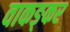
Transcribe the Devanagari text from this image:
वाकङ्कर